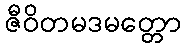
ဇီဝိတမဒမတ္တော